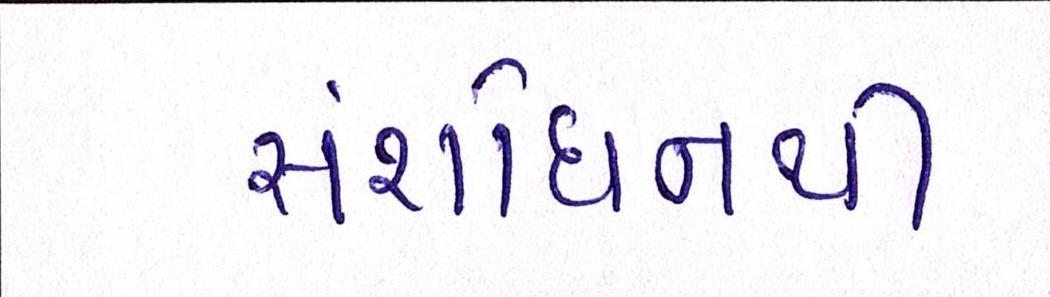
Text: સંશોધનથી